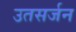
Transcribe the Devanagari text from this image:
उतसर्जन